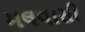
મલવાસી